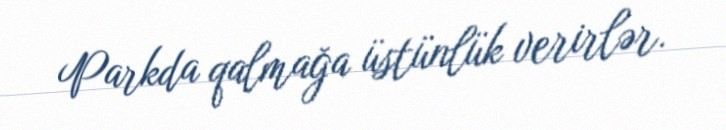
Parkda qalmağa üstünlük verirlər.